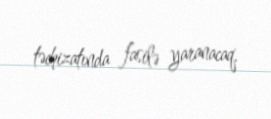
təchizatında fasilə yaranacaq.